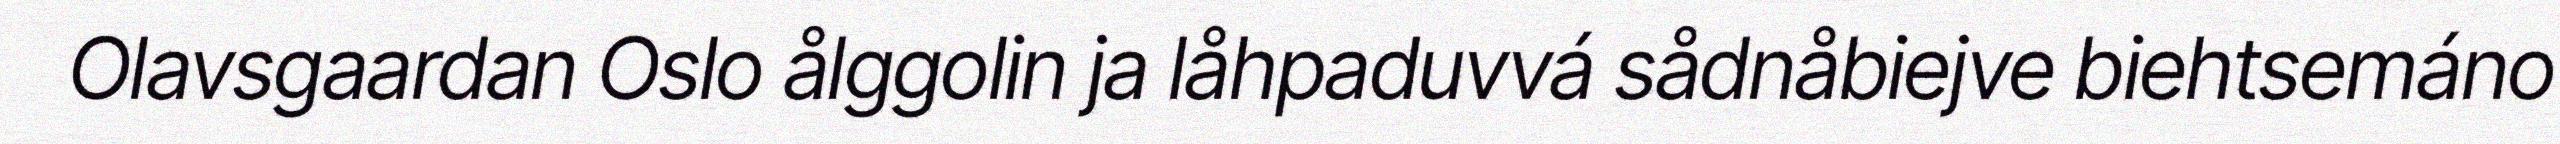
Olavsgaardan Oslo ålggolin ja låhpaduvvá sådnåbiejve biehtsemáno